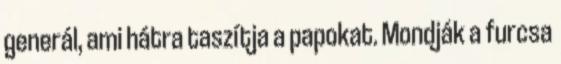
generál, ami hátra taszítja a papokat. Mondják a furcsa